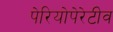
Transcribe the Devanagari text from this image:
पेरियोपेरेटीव